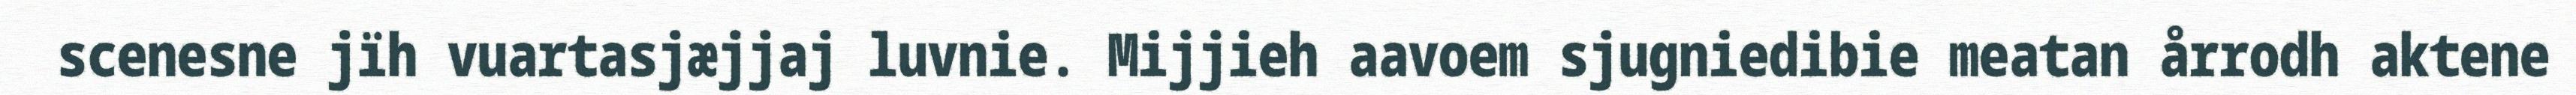
scenesne jïh vuartasjæjjaj luvnie. Mijjieh aavoem sjugniedibie meatan årrodh aktene